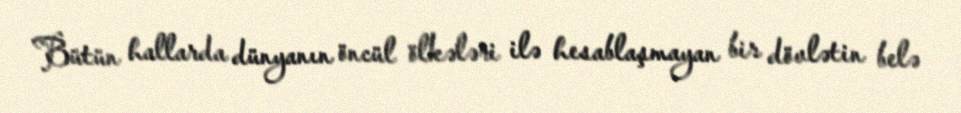
Bütün hallarda dünyanın öncül ölkələri ilə hesablaşmayan bir dövlətin belə